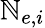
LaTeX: \mathbb{N}_{e,i}